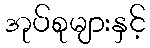
အုပ်စုများနှင့်